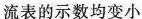
流表的示数均变小